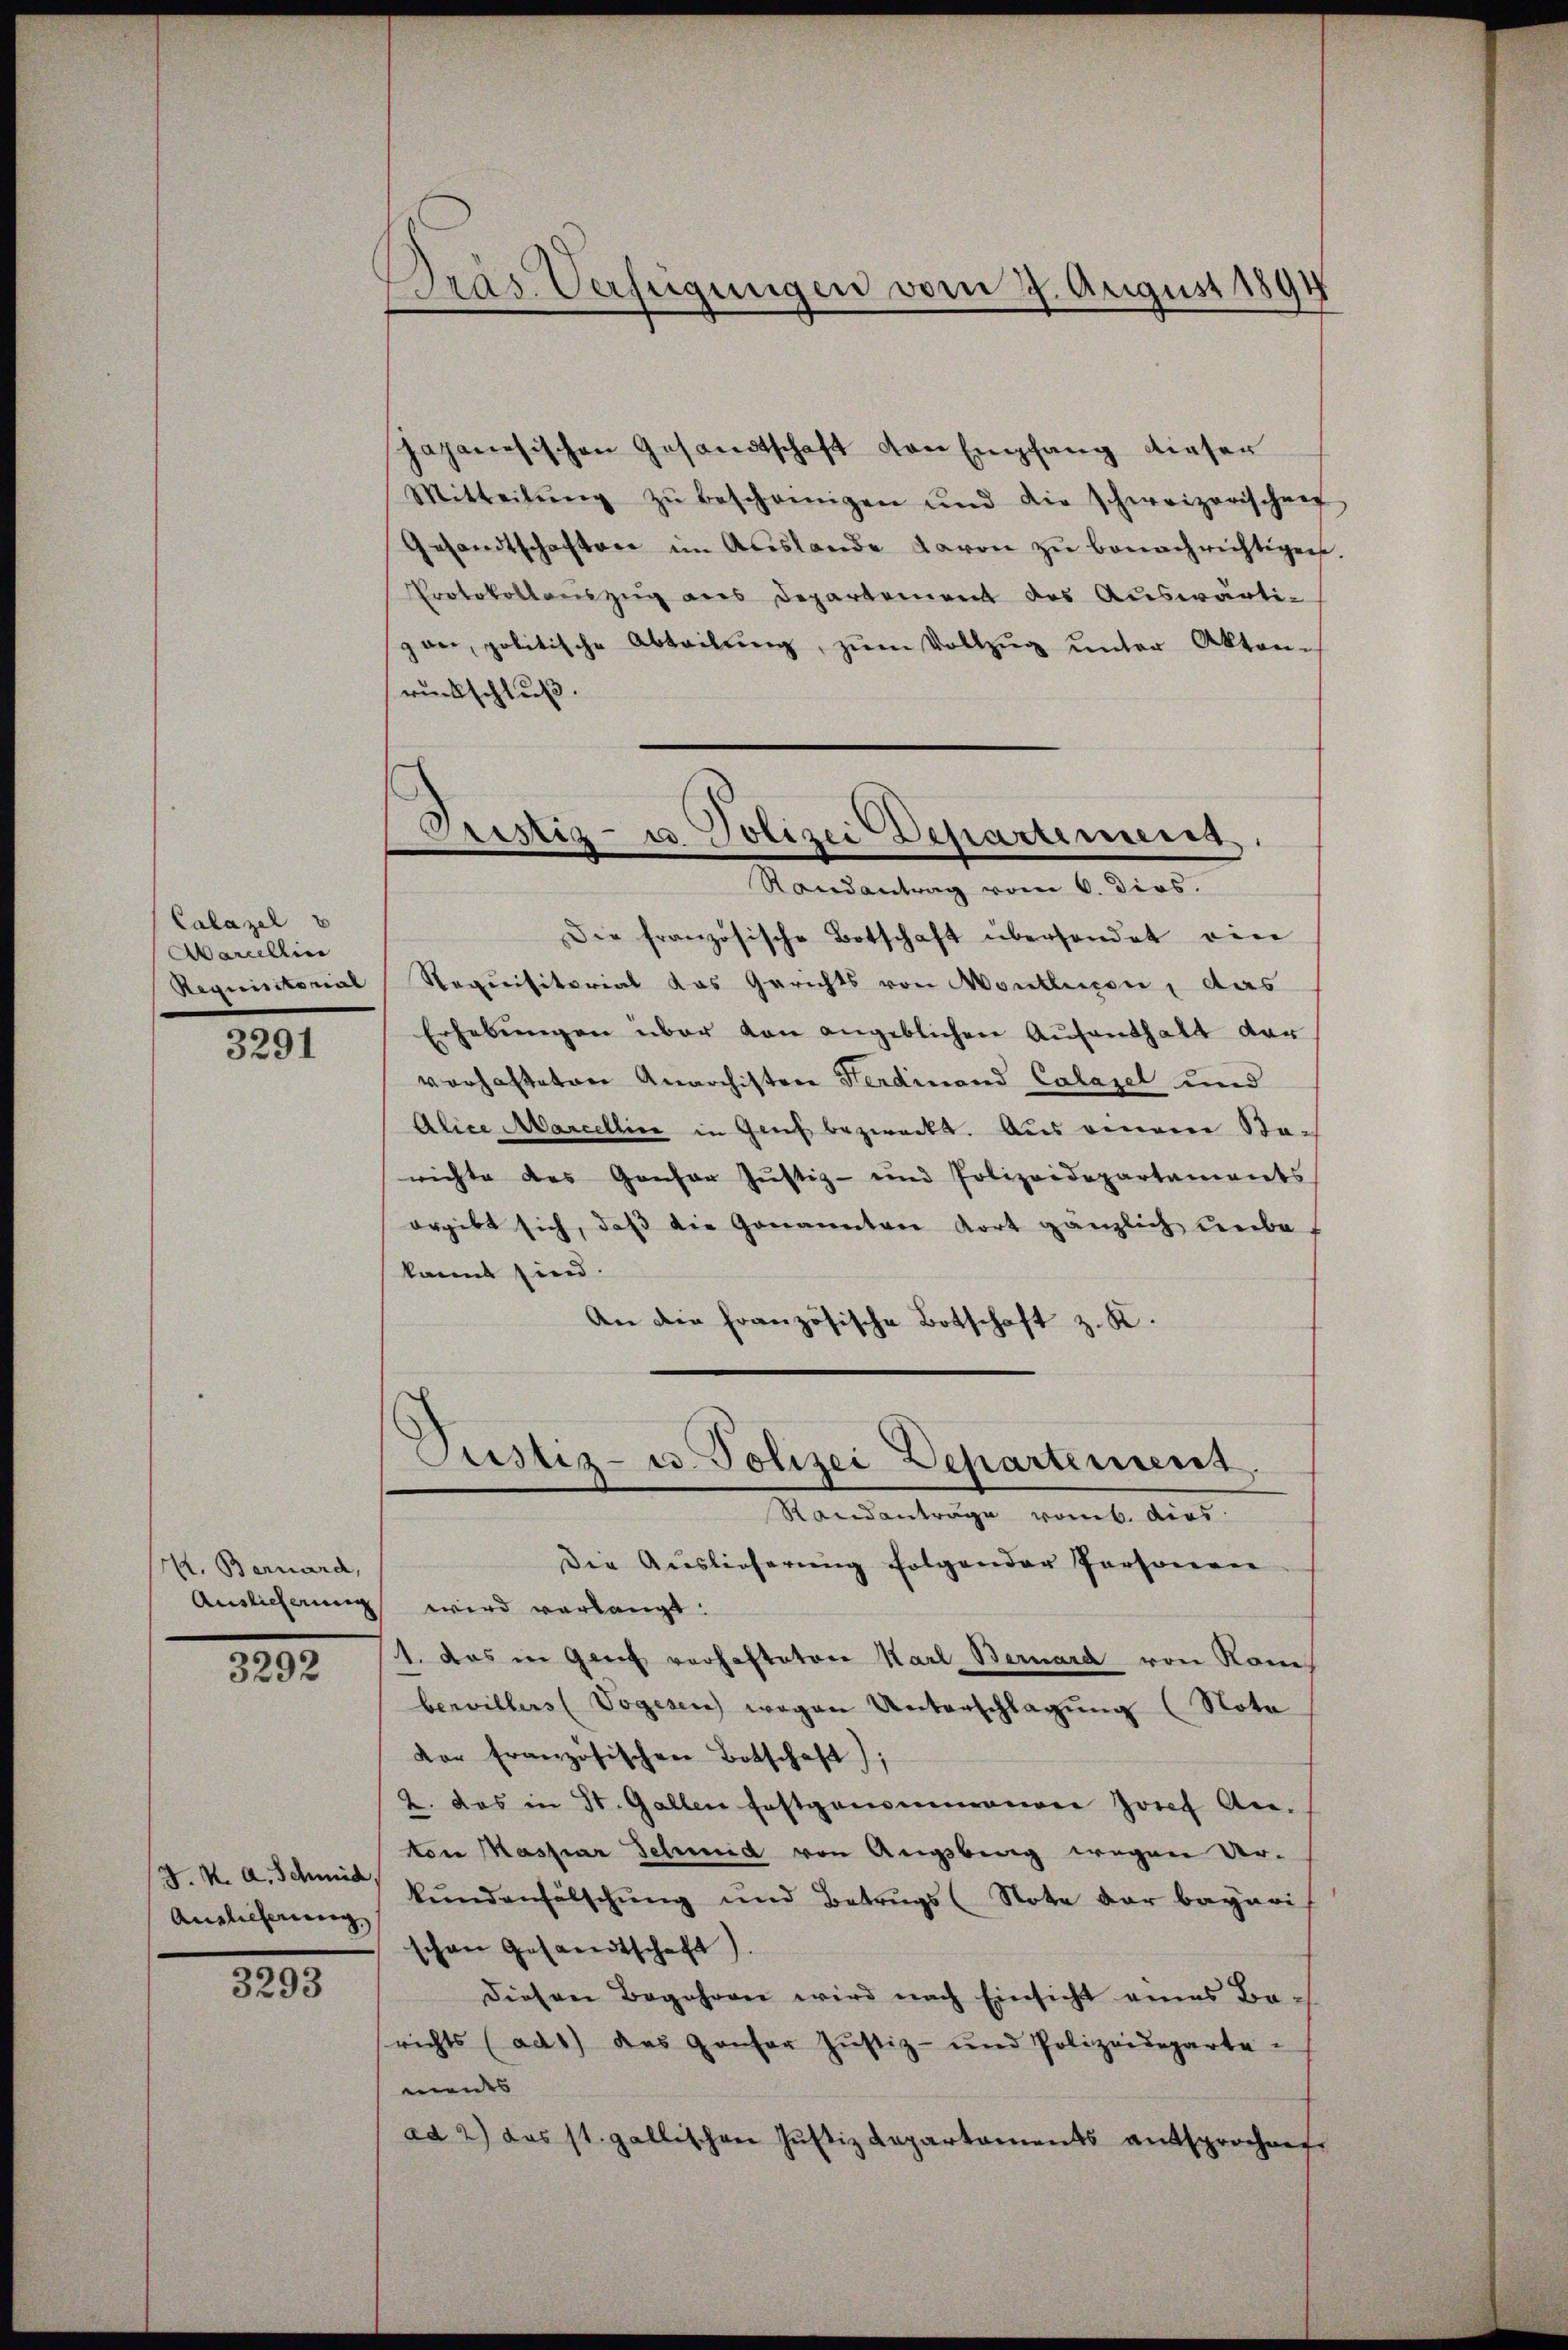
Calazel
Aarellin
Requisitorial

3291

A. Bernard,
Auslicherung

3292

J. K. A. Schmid
Anglicherung,

3293

Dras. Verfügungen vom 7. August 1894

Japanesischen Gesandtschaft von Empfang dieser
Mitteilŭng zŭ bescheinigen und die schweizerischen
Gesandtschaftere im Auslande davon zŭ benachrichtigen.
Protokollanszug aus Departement des Auswärtipan, politische Abteilŭng, zŭm Vollzŭg ŭnter Akten-
rückschluß.

Prestiz- u Polizei Departement
Randantrag vom 6. dies.

Pustiz- u. Polizei Departement.

Die französische Botschaft überhandet ein
Noquisitorial das Gerichts von Montlesen, das
Erhebŭngen über von angeblichen Aufenthalt vor
vorhafteten Anarchisten Ferdinand Calazel und
Alice Marcellin in Geich bezweckt. Aus einem Starichte des Gonsor Justiz- und Polizeidepartaments
orgibt sich, daβ die Genannten dort gänzlich unbe-
kannt sind.
An die französische Botschaft z. K.
Randanträge vomb. dies
Die Auslieferung folgender Personen
wird verlangt.
1. das in Genf verhafteten Karl Bernard von Rauch
bewillers (Vogesen wegen Unterschlagung (Nota
dor französischen Botschaft);
2. das in St. Gallen festgenommenen Josef An-
ton Maspar Schmid von Augsberg wegen Urkundenfälschung und Betrugs (Note der bayeri
schon Gesandtschaft)
diesen Begehren wird nach Einsicht eines Ba-
richts (ad1) das Genfer Justiz- und Polizeideparte-
meides
ad 2) das st. gallischen Jŭstiz Repartaments entsprochnet.